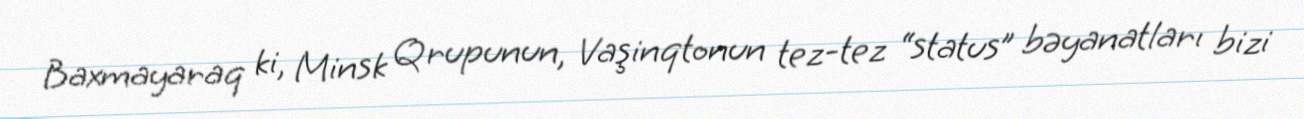
Baxmayaraq ki, Minsk Qrupunun, Vaşinqtonun tez-tez “status” bəyanatları bizi